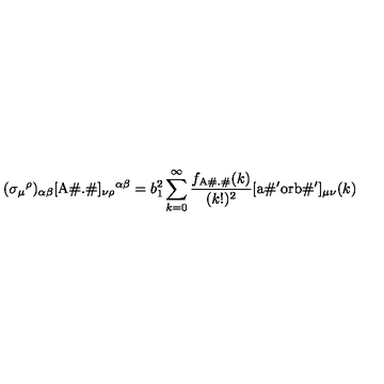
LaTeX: ( \sigma _ { \mu } { } ^ { \rho } ) _ { \alpha \beta } [ \mathrm { A { \footnotesize \# } . { \footnotesize \# } } ] _ { \nu \rho } { } ^ { \alpha \beta } = b _ { 1 } ^ { 2 } \sum _ { k = 0 } ^ { \infty } \frac { f _ { \mathrm { A \# . \# } } ( k ) } { ( k ! ) ^ { 2 } } [ \mathrm { a { \footnotesize \# ' } o r b { \footnotesize \# ' } } ] _ { \mu \nu } ( k )